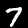
Label: 7